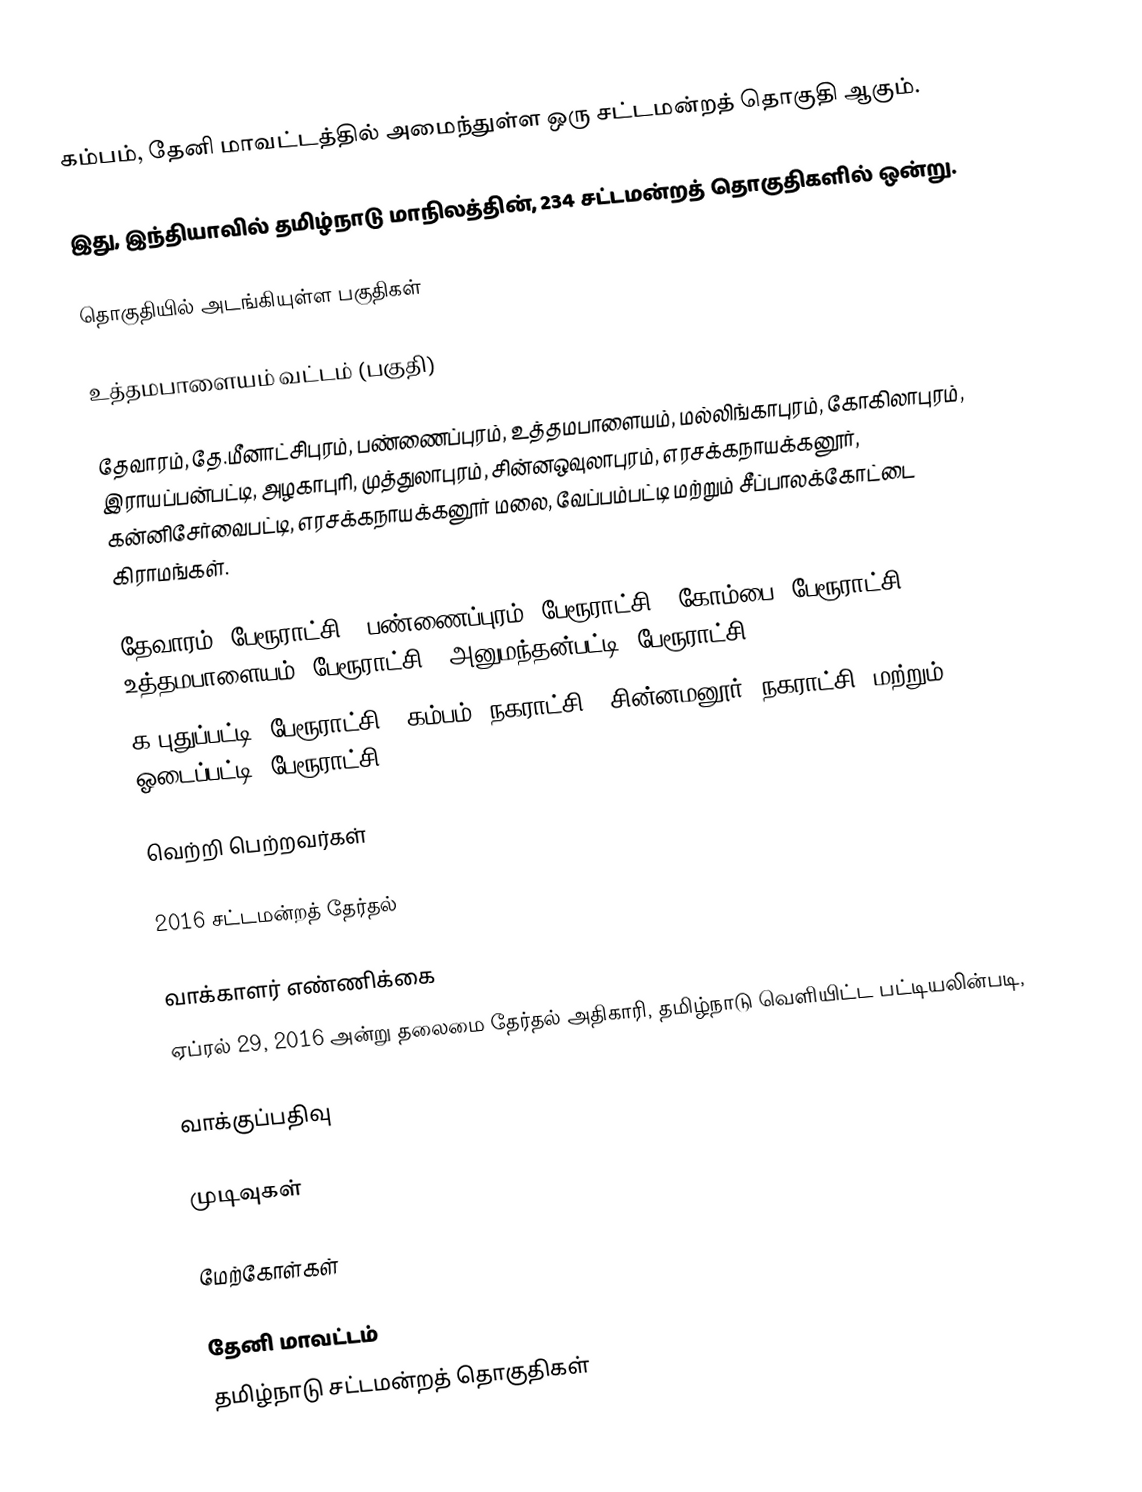
கம்பம், தேனி மாவட்டத்தில் அமைந்துள்ள ஒரு சட்டமன்றத் தொகுதி ஆகும்.

இது, இந்தியாவில் தமிழ்நாடு மாநிலத்தின், 234 சட்டமன்றத் தொகுதிகளில் ஒன்று.

தொகுதியில் அடங்கியுள்ள பகுதிகள்

உத்தமபாளையம் வட்டம் (பகுதி)

தேவாரம், தே.மீனாட்சிபுரம், பண்ணைப்புரம், உத்தமபாளையம், மல்லிங்காபுரம், கோகிலாபுரம், இராயப்பன்பட்டி, அழகாபுரி, முத்துலாபுரம், சின்னஒவுலாபுரம், எரசக்கநாயக்கனூர், கன்னிசேர்வைபட்டி, எரசக்கநாயக்கனூர் மலை, வேப்பம்பட்டி மற்றும் சீப்பாலக்கோட்டை கிராமங்கள்.

தேவாரம் (பேரூராட்சி), பண்ணைப்புரம் (பேரூராட்சி), கோம்பை (பேரூராட்சி), உத்தமபாளையம் (பேரூராட்சி), அனுமந்தன்பட்டி (பேரூராட்சி),
க.புதுப்பட்டி (பேரூராட்சி), கம்பம் (நகராட்சி), சின்னமனூர் (நகராட்சி) மற்றும் ஓடைப்பட்டி (பேரூராட்சி).

வெற்றி பெற்றவர்கள்

2016 சட்டமன்றத் தேர்தல்

வாக்காளர் எண்ணிக்கை
ஏப்ரல் 29, 2016 அன்று தலைமை தேர்தல் அதிகாரி, தமிழ்நாடு வெளியிட்ட பட்டியலின்படி,

வாக்குப்பதிவு

முடிவுகள்

மேற்கோள்கள்

தேனி மாவட்டம்
தமிழ்நாடு சட்டமன்றத் தொகுதிகள்